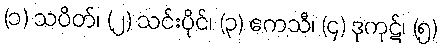
(၁) သပိတ်၊ (၂) သင်းပိုင်၊ (၃) ဧကသီ၊ (၄) ဒုကုဋ်၊ (၅)